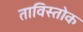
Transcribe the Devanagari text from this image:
ताविस्तोक